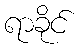
ရာခိုင်